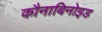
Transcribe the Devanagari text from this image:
कौनाबिनोइड